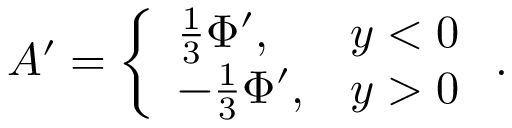
A ^ { \prime } = \left\{ \begin{array} { l l } { { \frac { 1 } { 3 } \Phi ^ { \prime } , } } & { { y < 0 } } \\ { { - \frac { 1 } { 3 } \Phi ^ { \prime } , } } & { { y > 0 } } \end{array} \right. .